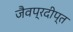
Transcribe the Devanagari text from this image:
जैवप्रदीप्त